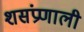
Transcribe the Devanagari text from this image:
शसंप्रणाली